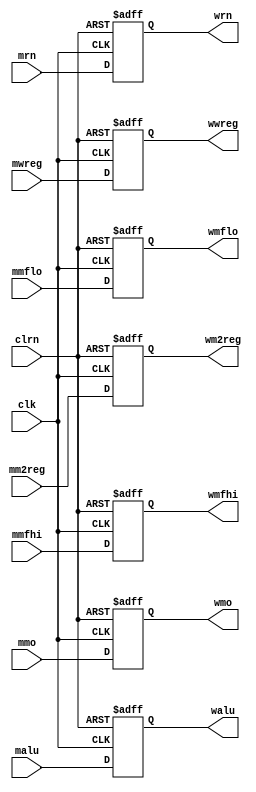
module pipemwreg(mwreg, mm2reg, mmo, malu, mrn, clk, clrn,
				  wwreg, wm2reg, wmo, walu, wrn, mmfhi, mmflo, wmfhi, wmflo);

	input [31:0] mmo, malu;
	input [4:0] mrn;
	input       mwreg;
	input [1:0] mm2reg;
	input       clk, clrn;
	input mmfhi, mmflo;

	output [31:0] wmo, walu;
	output [4:0]  wrn;
	output        wwreg;
	output [1:0] wm2reg;
	output wmfhi, wmflo;
	reg [31:0] wmo, walu;
	reg [4:0]  wrn;
	reg        wwreg;
	reg [1:0] wm2reg;
	reg wmfhi, wmflo;
	always @(posedge clrn or posedge clk) begin
		if (clrn) begin
			wwreg <= 0;
			wm2reg <= 0;
			wmo <= 0;
			walu <= 0;
			wrn <= 0;
			wmfhi <= 0;
			wmflo <= 0;
		end
		else   begin
			wwreg <= mwreg;
			wm2reg <= mm2reg;
			wmo <= mmo;
			walu <= malu;
			wrn <= mrn;
			wmfhi <= mmfhi;
			wmflo <= mmflo;
		end
	end

endmodule